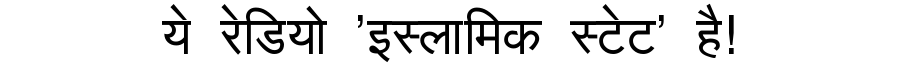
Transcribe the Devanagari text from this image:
ये रेडियो 'इस्लामिक स्टेट' है!